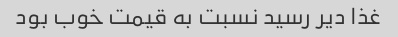
غذا دیر رسید نسبت به قیمت خوب بود